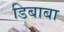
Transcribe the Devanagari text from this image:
डिबाबा